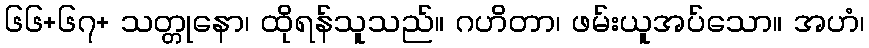
၆၆+၆၇+ သတ္တုနော၊ ထိုရန်သူသည်။ ဂဟိတာ၊ ဖမ်းယူအပ်သော။ အဟံ၊